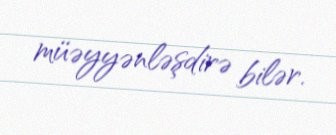
müəyyənləşdirə bilər.